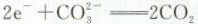
$$2e^{-}+CO_{3}^{2-}=2CO_{2}$$